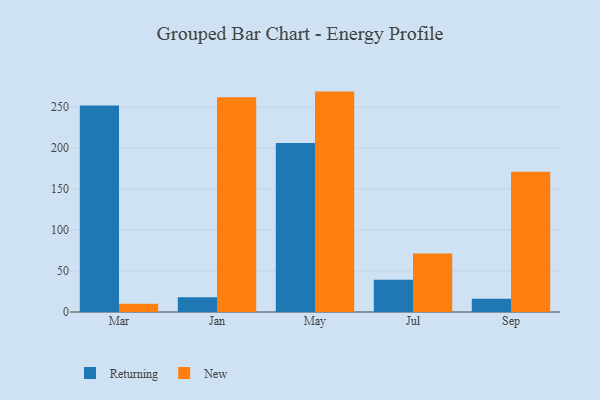
{"axis": {"x": "Month", "y": "Revenue (USD Million)"}, "legend": ["New", "Returning"], "data": [{"x": "Mar", "y": 251.8, "type": "Returning"}, {"x": "Mar", "y": 10.1, "type": "New"}, {"x": "Jan", "y": 18.0, "type": "Returning"}, {"x": "Jan", "y": 261.9, "type": "New"}, {"x": "May", "y": 206.0, "type": "Returning"}, {"x": "May", "y": 268.8, "type": "New"}, {"x": "Jul", "y": 39.2, "type": "Returning"}, {"x": "Jul", "y": 71.3, "type": "New"}, {"x": "Sep", "y": 16.2, "type": "Returning"}, {"x": "Sep", "y": 171.0, "type": "New"}]}